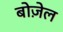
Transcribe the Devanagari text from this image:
बोज़ेल